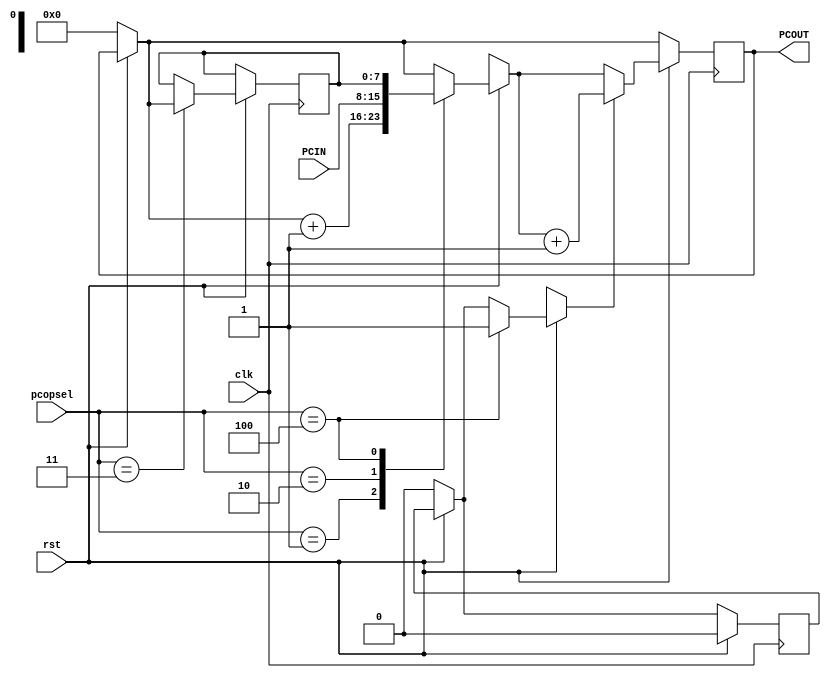
`timescale 1ns / 1ps
//////////////////////////////////////////////////////////////////////////////////
// Company: 
// Engineer: 
// 
// Design Name: 
// Module Name: PC
// Project Name: 
// Target Devices: 
// Tool Versions: 
// Description: 
// 
// Dependencies: 
// 
// Revision:
// Revision 0.01 - File Created
// Additional Comments:
// 
//////////////////////////////////////////////////////////////////////////////////


module PC(
    input [7:0] PCIN, // Input Register
    input clk, // Clock
    input [2:0] pcopsel, // Selector Control Line
    input rst, // Reset pin
    output reg [7:0] PCOUT // Output Port
    );

reg [7:0] stack;
reg inc;
    
always@(posedge clk)
begin
if(!rst)begin
    PCOUT=8'h00; inc = 0;
end; // resets  counter position
if(rst) 
        begin
        case(pcopsel) 
        3'h0: PCOUT=PCOUT; // refresh
        3'h1: PCOUT=PCOUT+1'b1; // increment
        3'h2: PCOUT=PCIN; // load new value for PC
        3'h3: stack=PCOUT;
        3'h4: 
            begin
                PCOUT = stack;
                inc = 1;
            end
        3'h5: PCOUT=PCOUT; // refresh
        endcase
        
        case (inc)
        1'b1:
        begin
            PCOUT = PCOUT + 1'b1;
            inc = 0;
        end
        endcase
        
        
        end
end
endmodule